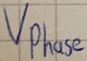
Text: Vphase